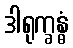
ဒါရုက္ခန္ဓံ